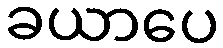
ခယာပေ